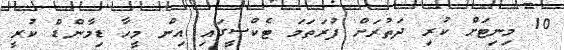
10 މިނިޓަށް ކުރި ދަތުރަށް ފުރަތަމަ ޓެކްސީގައި އިން މީހާ ޑިމާންޑް ކުރީ